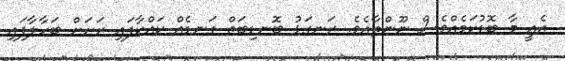
އެއީ މާ ބޮޑުކަމެއްވެސް ނޫންތާއެވެ. ރަނގަޅު ބޮނޑިބަތް ގަނޑެއް ކައްކާފައި ރަށަށް ބަހާލާފައި